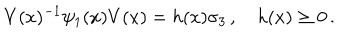
V ( x ) ^ { - 1 } \psi _ { 1 } ( x ) V ( x ) = h ( x ) \sigma _ { 3 } \, , \quad h ( x ) \geq 0 \, .